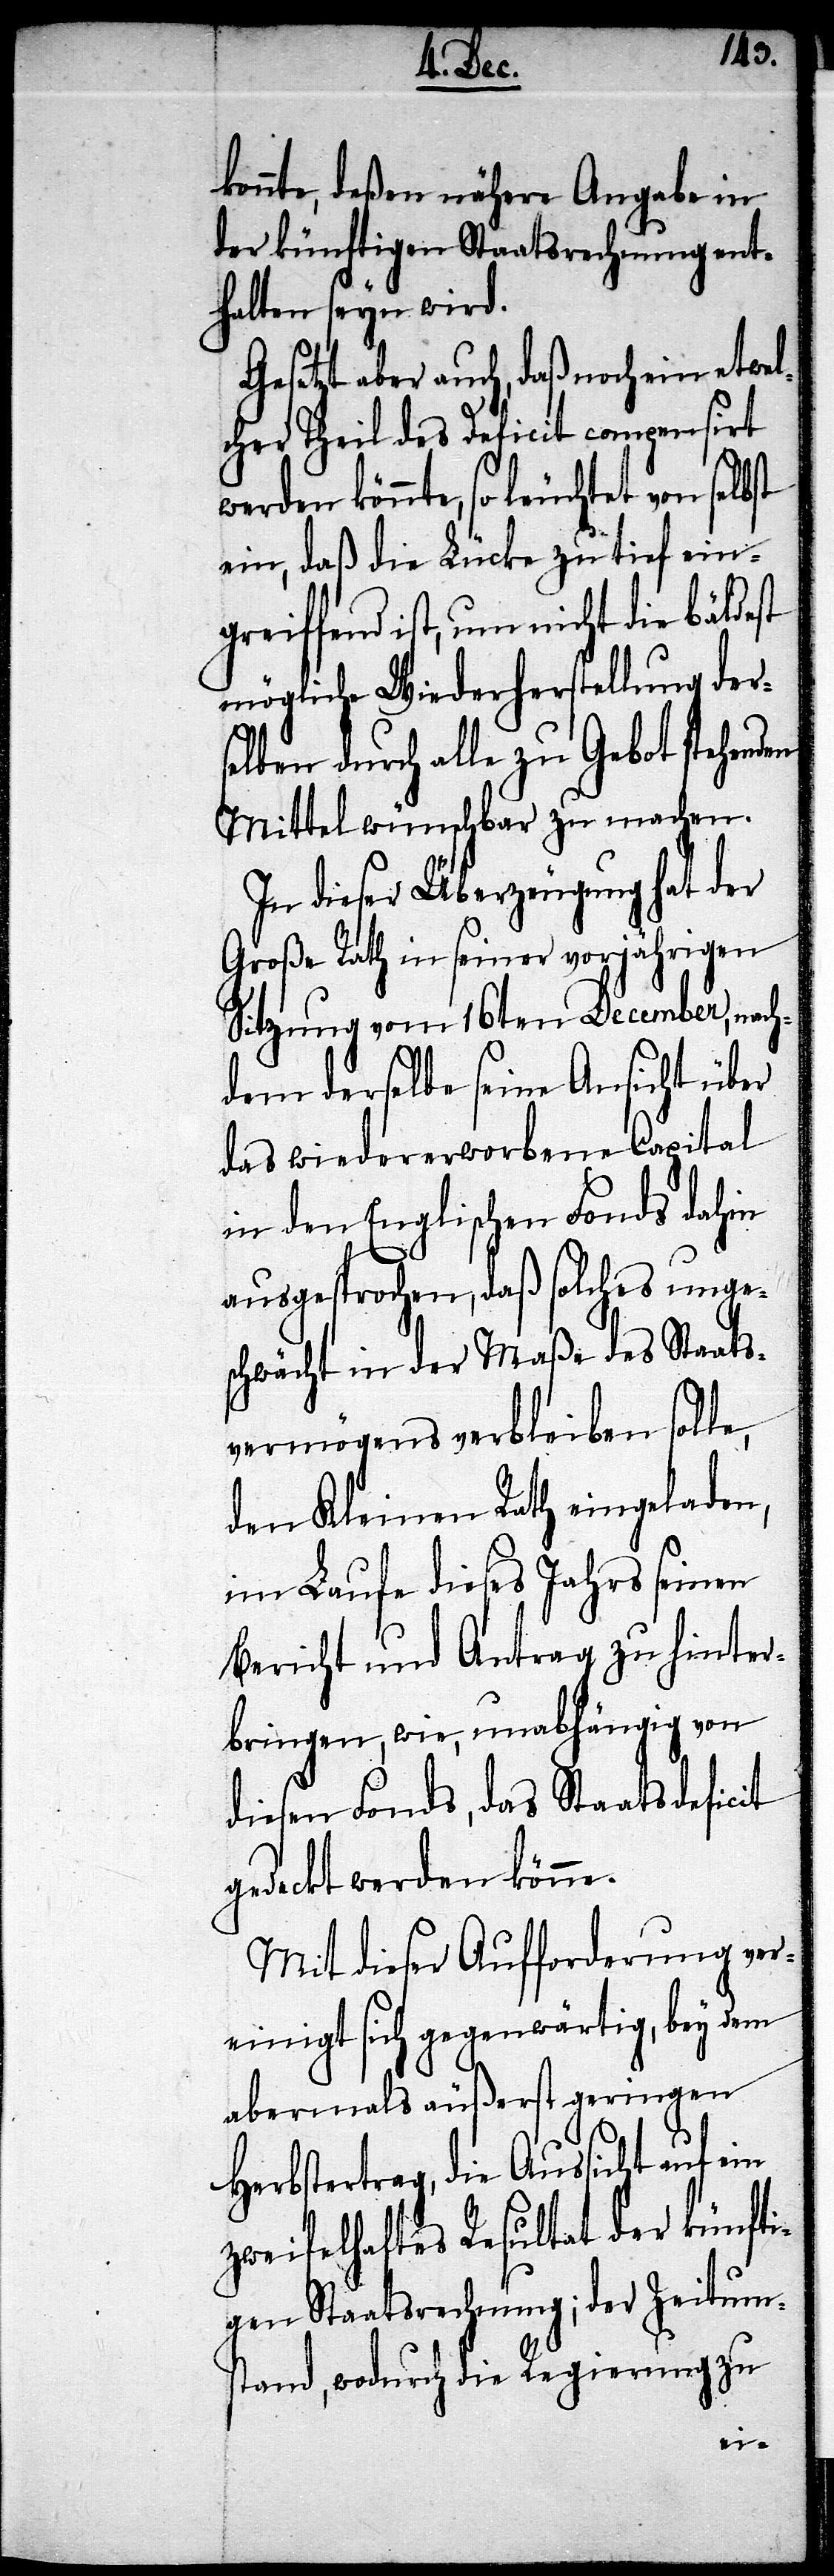
konnte, deßen nähere Angabe in
der künftigen Staatsrechnung ent¬
halten seyn wird.
Gesetzt aber auch, daß noch ein etwel¬
cher Theil des Deficit compensirt
werden könnte, so leuchtet
ein, daß die Lücke zu tief ein¬
greiffend ist, um nicht die bäldest
mögliche Wiederherstellung der¬
selben durch alle zu Gebot stehenden
Mittel wünschbar zu machen.
In dieser Überzeugung hat der
Große Rath in seiner vorjährigen
Sitzung vom 16ten December, nach¬
dem derselbe seine Ansicht über
das wiedererworbene Capital
in den Englischen Fonds dahin
ausgesprochen, daß solches unge¬
schwächt in der Maße des Staats¬
vermögens, verbleiben solle,
den Kleinen Rath eingeladen,
im Laufe dieses Jahres seinen
Bericht und Antrag zu hinter¬
bringen, wie, unabhängig von
diesen Fonds, das Staatsdeficit
gedeckt werden könne.
Mit dieser Aufforderung ver¬
einigt sich gegenwärtig, bey dem
abermals äußerst geringen
Herbstertrag, die Aussicht auf
zweifelhaftes Resultat der künfti¬
gen Staatsrechnung; der Zeitum¬
stand, wodurch die Regierung zu
ein